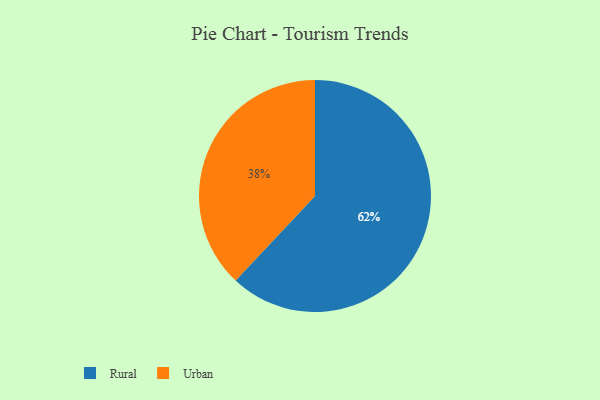
{"axis": {"x": "Category", "y": "Percentage"}, "legend": ["Rural", "Urban"], "data": [{"x": "Urban", "y": 38, "type": "Urban"}, {"x": "Rural", "y": 62, "type": "Rural"}]}